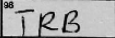
Transcription: TRB